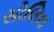
સોલિલ